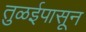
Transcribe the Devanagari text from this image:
तुळईपासून